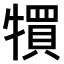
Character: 𤛬